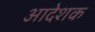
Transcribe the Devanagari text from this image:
आदेशक